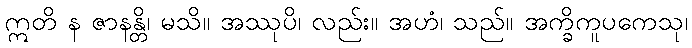
ဣတိ န ဇာနန္တိ၊ မသိ။ အဿုပိ၊ လည်း။ အဟံ၊ သည်။ အက္ခိကူပကေသု၊